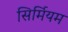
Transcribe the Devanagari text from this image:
सिर्मियम